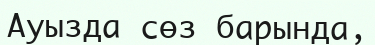
Ауызда сөз барында,